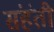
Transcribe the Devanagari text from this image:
संहंती